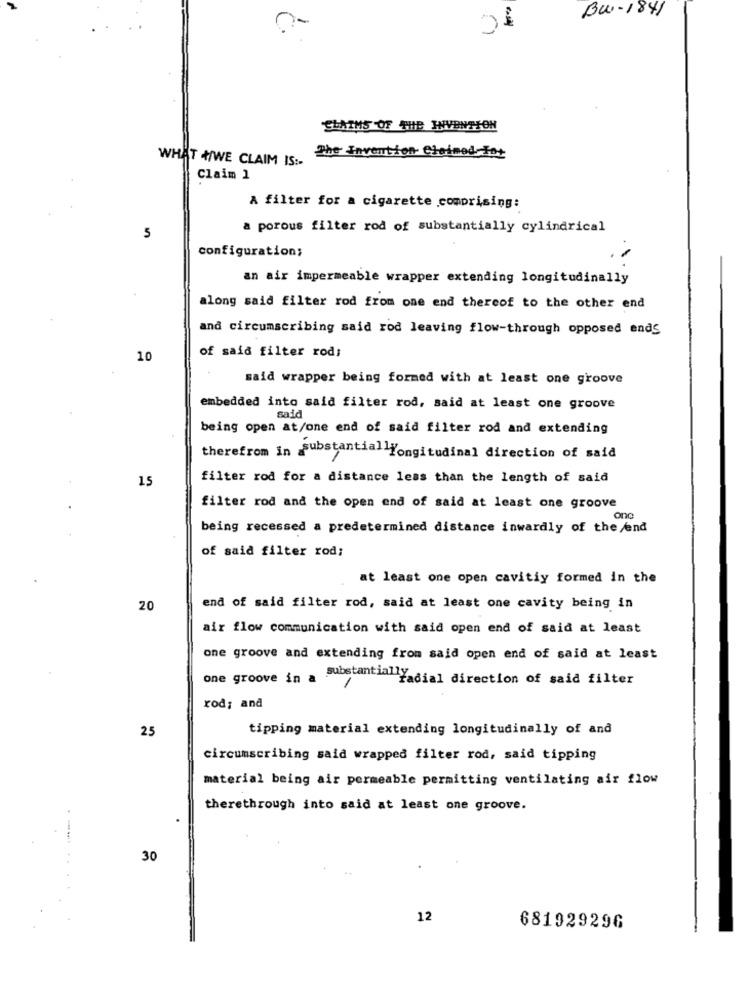
Bw-1841
01
CLAIMS OF THE INVENTION
WHAT WE CLAIM IS :-
The Invention Claimed To+
Claim 1
A filter for a cigarette comprising:
a porous filter rod of substantially cylindrical
5
configuration;
an air impermeable wrapper extending longitudinally
along said filter rod from one end thereof to the other end
and circumscribing said rod leaving flow-through opposed ends
of said filter rod;
10
said wrapper being formed with at least one groove
embedded into said filter rod, said at least one groove
said
being open at/one end of said filter rod and extending
therefrom in substantiallongitudinal direction of said
15
filter rod for a distance less than the length of said
filter rod and the open end of said at least one groove
one
being recessed a predetermined distance inwardly of the end
of said filter rod;
at least one open cavitiy formed in the
20
end of said filter rod, said at least one cavity being in
air flow communication with said open end of said at least
one groove and extending from said open end of said at least
one groove in a substantially
"Yadial direction of said filter
rod; and
25
tipping material extending longitudinally of and
circumscribing said wrapped filter rod, said tipping
material being air permeable permitting ventilating air flow
therethrough into said at least one groove.
30
12
681929296